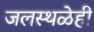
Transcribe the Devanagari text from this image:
जलस्थळेही